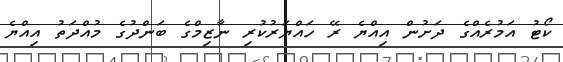
ކޯޓު އަމުރެއްގެ ދަށުން އިއްޔެ ރޭ ހައްޔަރުކުރި ނާޒިމްގެ ބަންދުގެ މުއްދަތު އިއްޔެ